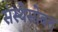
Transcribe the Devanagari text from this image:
संस्थेसोबत